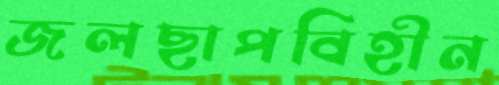
জলছাপবিহীন